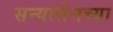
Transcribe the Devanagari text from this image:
सन्यत्सेनच्या